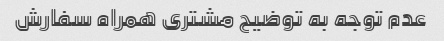
عدم توجه به توضیح مشتری همراه سفارش